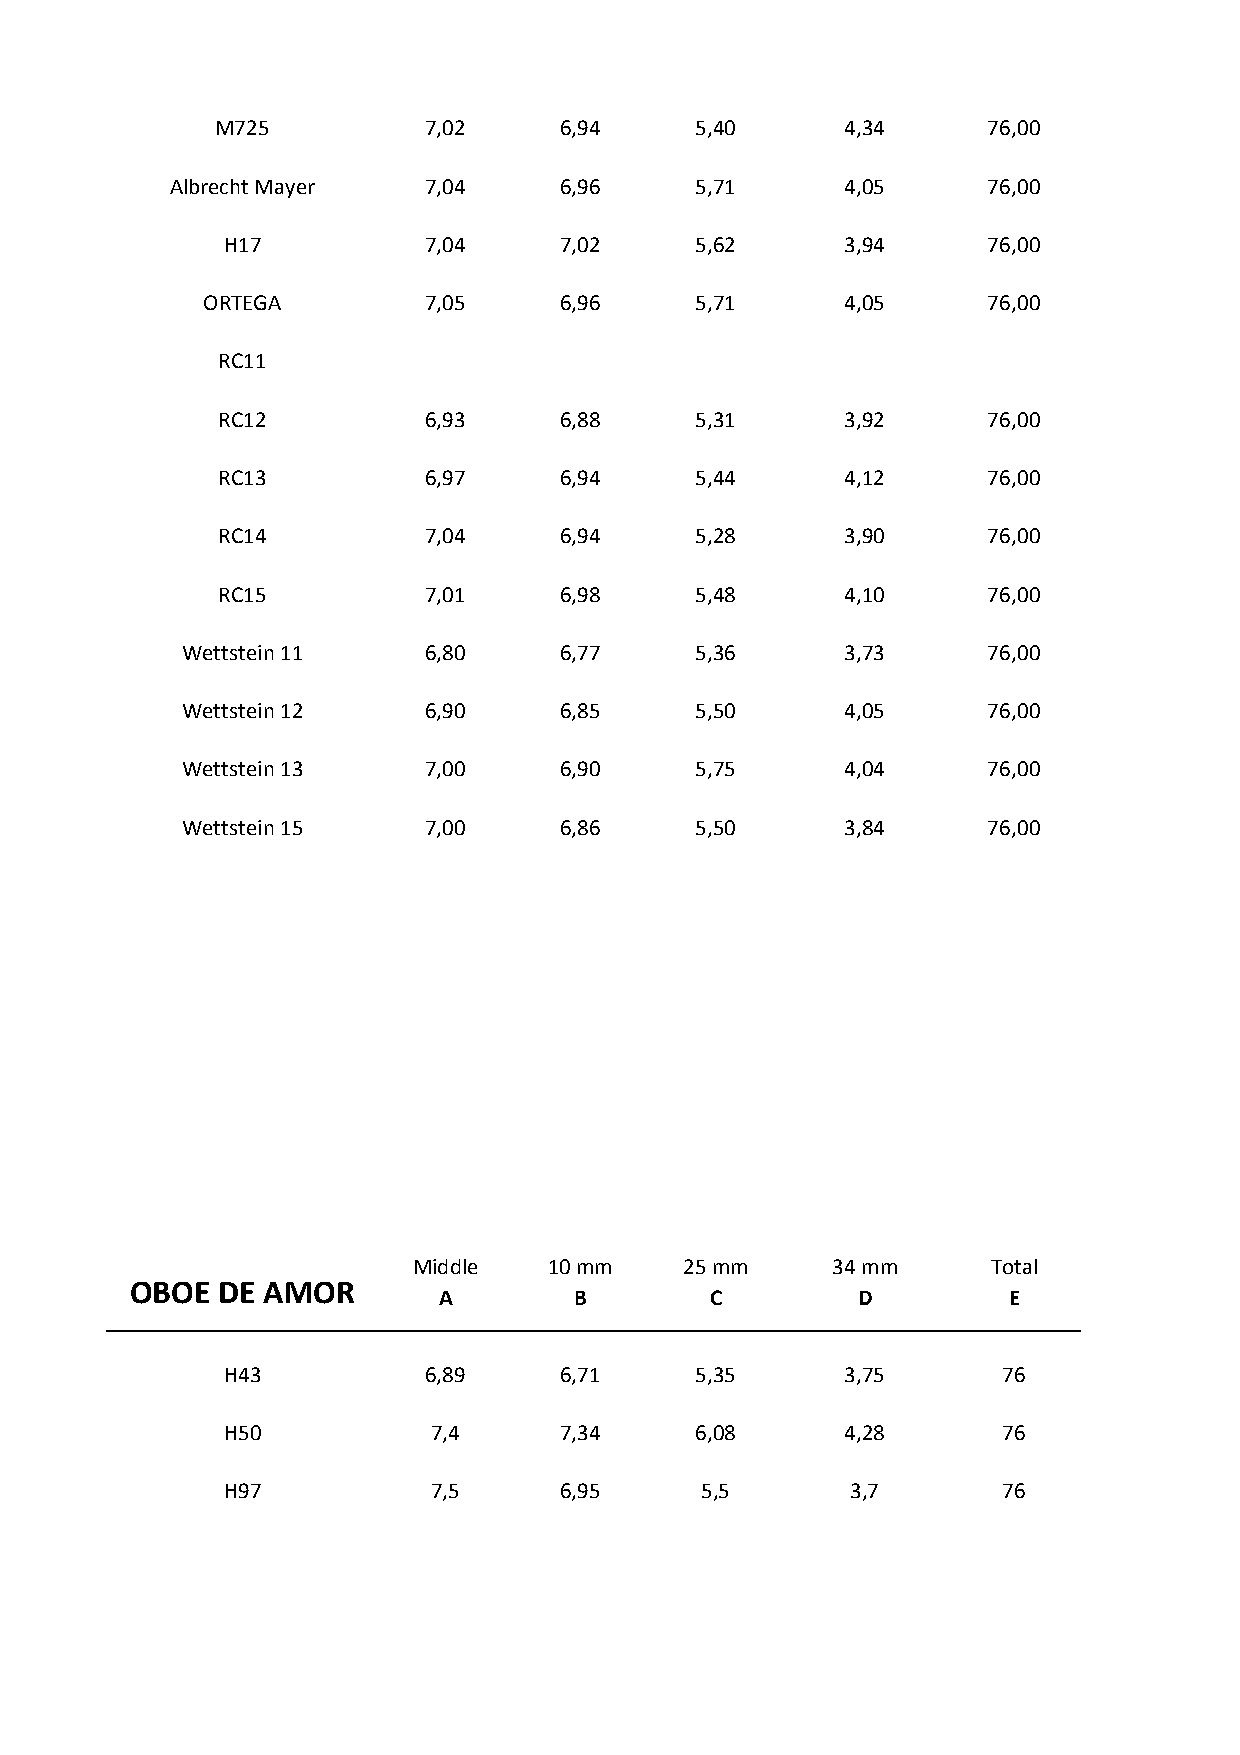
M725          7,02     6,94     5,40      4,34     76,00
 Albrecht Mayer   7,04     6,96     5,71      4,05     76,00
 H17          7,04     7,02     5,62      3,94     76,00
 ORTEGA         7,05     6,96     5,71      4,05     76,00
 RC11
 RC12          6,93     6,88     5,31      3,92     76,00
 RC13          6,97     6,94     5,44      4,12     76,00
 RC14          7,04     6,94     5,28      3,90     76,00
 RC15          7,01     6,98     5,48      4,10     76,00
 Wettstein 11    6,80     6,77     5,36      3,73     76,00
 Wettstein 12    6,90     6,85     5,50      4,05     76,00
 Wettstein 13    7,00     6,90     5,75      4,04     76,00
 Wettstein 15    7,00     6,86     5,50      3,84     76,00
 Middle   10 mm    25 mm     34 mm      Total
 OBOE DE AMOR
 A        B        C         D         E
 H43          6,89     6,71     5,35      3,75      76
 H50           7,4     7,34     6,08      4,28      76
 H97           7,5     6,95     5,5       3,7       76